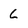
Character: 6